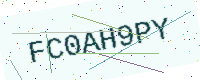
Text: FC0AH9PY